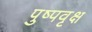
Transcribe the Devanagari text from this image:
पुष्पवृक्ष